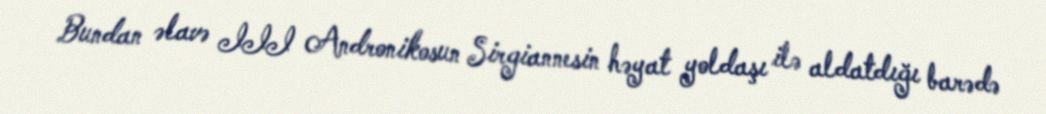
Bundan əlavə III Andronikosun Sirgiannesin həyat yoldaşı ilə aldatdığı barədə